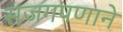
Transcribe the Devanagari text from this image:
सजगपणाने